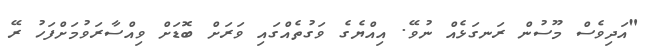
"އަދިވެސް މޫސުން ރަނގަޅެއް ނުވޭ. އިއްޔެގެ ވަގުތެއްގައި ވަރަށް ބޮޑަށް ވިއްސާރަވުމަށްފަހު ރޭ